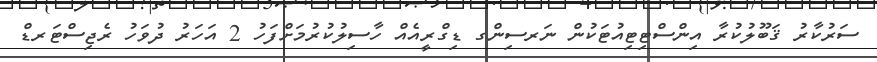
ސަރުކާރު ޤަބޫލުކުރާ އިންސްޓިޓިއުޓަކުން ނަރސިންގ ޑިގްރީއެއް ހާސިލުކުރުމަށްފަހު 2 އަހަރު ދުވަހު ރެޖިސްޓަރޑް